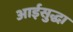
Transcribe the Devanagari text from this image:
आईसुद्धा